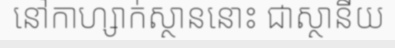
នៅកាហ្សាក់ស្ថាននោះ ជាស្ថានីយ